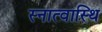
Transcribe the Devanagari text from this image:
स्नात्वास्थि